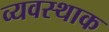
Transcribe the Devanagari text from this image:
व्यवस्थाक